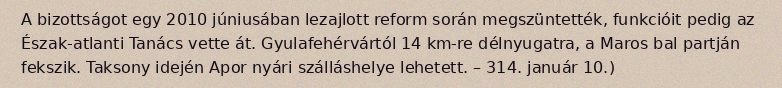
A bizottságot egy 2010 júniusában lezajlott reform során megszüntették, funkcióit pedig az Észak-atlanti Tanács vette át. Gyulafehérvártól 14 km-re délnyugatra, a Maros bal partján fekszik. Taksony idején Apor nyári szálláshelye lehetett. – 314. január 10.)